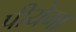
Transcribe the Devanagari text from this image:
पीयेगा